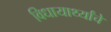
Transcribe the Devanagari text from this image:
विधायार्थ्यांचे